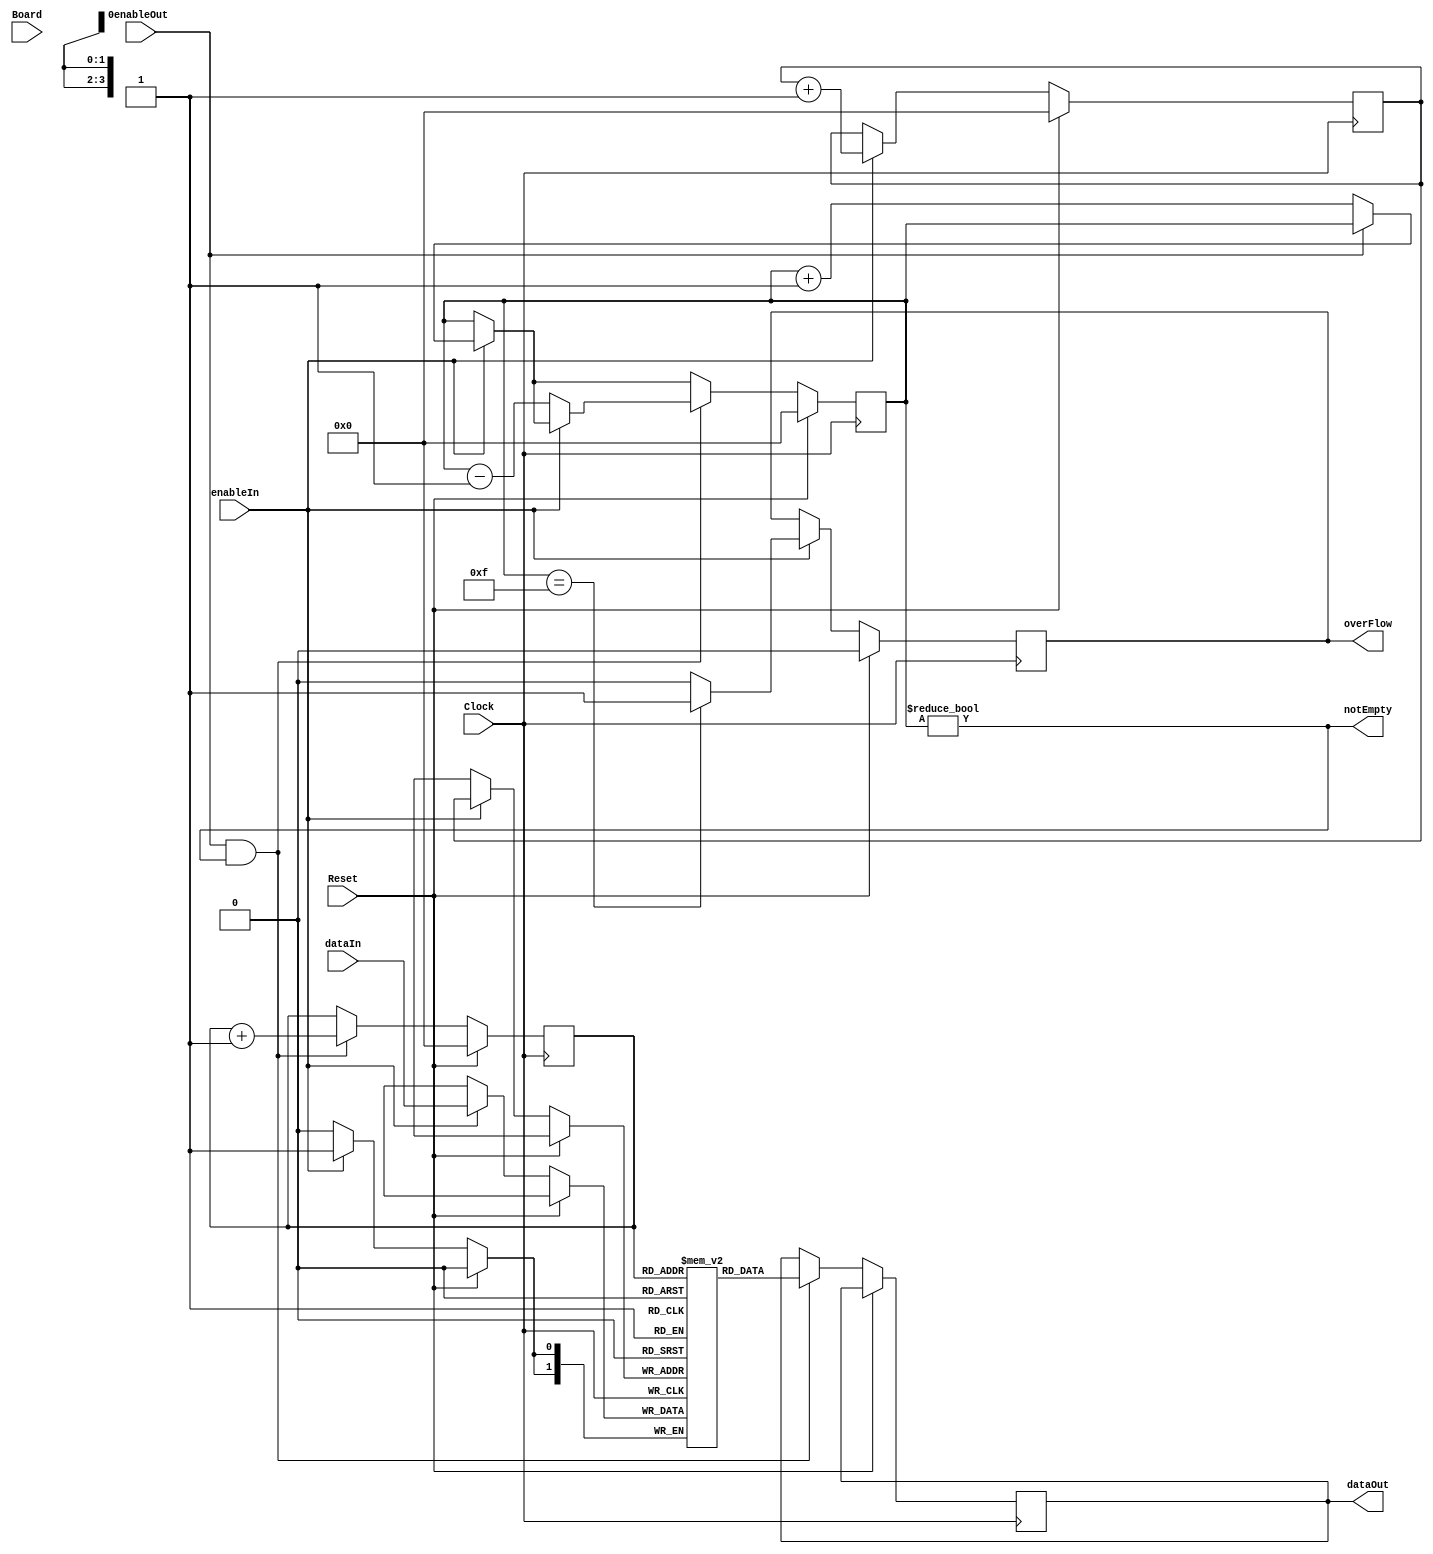
// Queue the buffer ready signals and trigger tags from the tracker front-end boards
// R. Johnson,  September 8, 2013
module TagFIFO(overFlow, dataOut, notEmpty, enableOut, dataIn, enableIn, Clock, Reset, Board);
input [2:0] Board;
input Clock;
input Reset;
input enableIn;
input [1:0] dataIn;
input enableOut;
output notEmpty;
output [1:0] dataOut;
output overFlow;

reg overFlow;
reg [1:0] dataOut;
reg [3:0] nStored, writePtr, readPtr;
reg [1:0] Tags [0:15];
wire notEmpty;

assign notEmpty = (nStored != 0);

always @ (posedge Clock) begin
	if (Reset) begin
		overFlow <= 1'b0;
		writePtr <= 0;
		readPtr <= 0;
		nStored <= 0;
	end else begin
		if (enableIn) begin
			if (!enableOut) nStored <= nStored + 1;
			if (nStored == 15) overFlow <= 1'b1;
			else overFlow <= 1'b0;
			writePtr <= writePtr + 1;
			Tags[writePtr] <= dataIn;
			$display("%g\t TagFIFO %d: queuing tag %d in location %d, nStored=%d.",$time,Board,dataIn,writePtr,nStored);
		end
		if (enableOut & notEmpty) begin
			if (!enableIn) nStored <= nStored - 1;
			readPtr <= readPtr + 1;
			dataOut <= Tags[readPtr];
			$display("%g\t TagFIFO %d: outputing tag %d, readPtr=%d, nStored=%d.",$time,Board,Tags[readPtr],readPtr,nStored);
		end
	end
end


endmodule